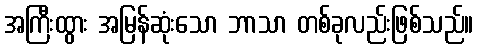
အကြီးထွား အမြန်ဆုံးသော ဘာသာ တစ်ခုလည်းဖြစ်သည်။